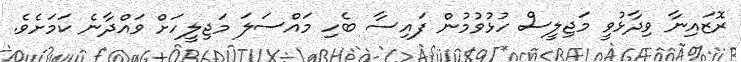
ރޮޒައިނާ ވިދާޅުވީ މަޖިލީސް ހުޅުވުމުން ފައިސާ ބެހި މައްސަލަ މަޖިލީހަށް ވައްދާނެ ކަމަށެވެ.